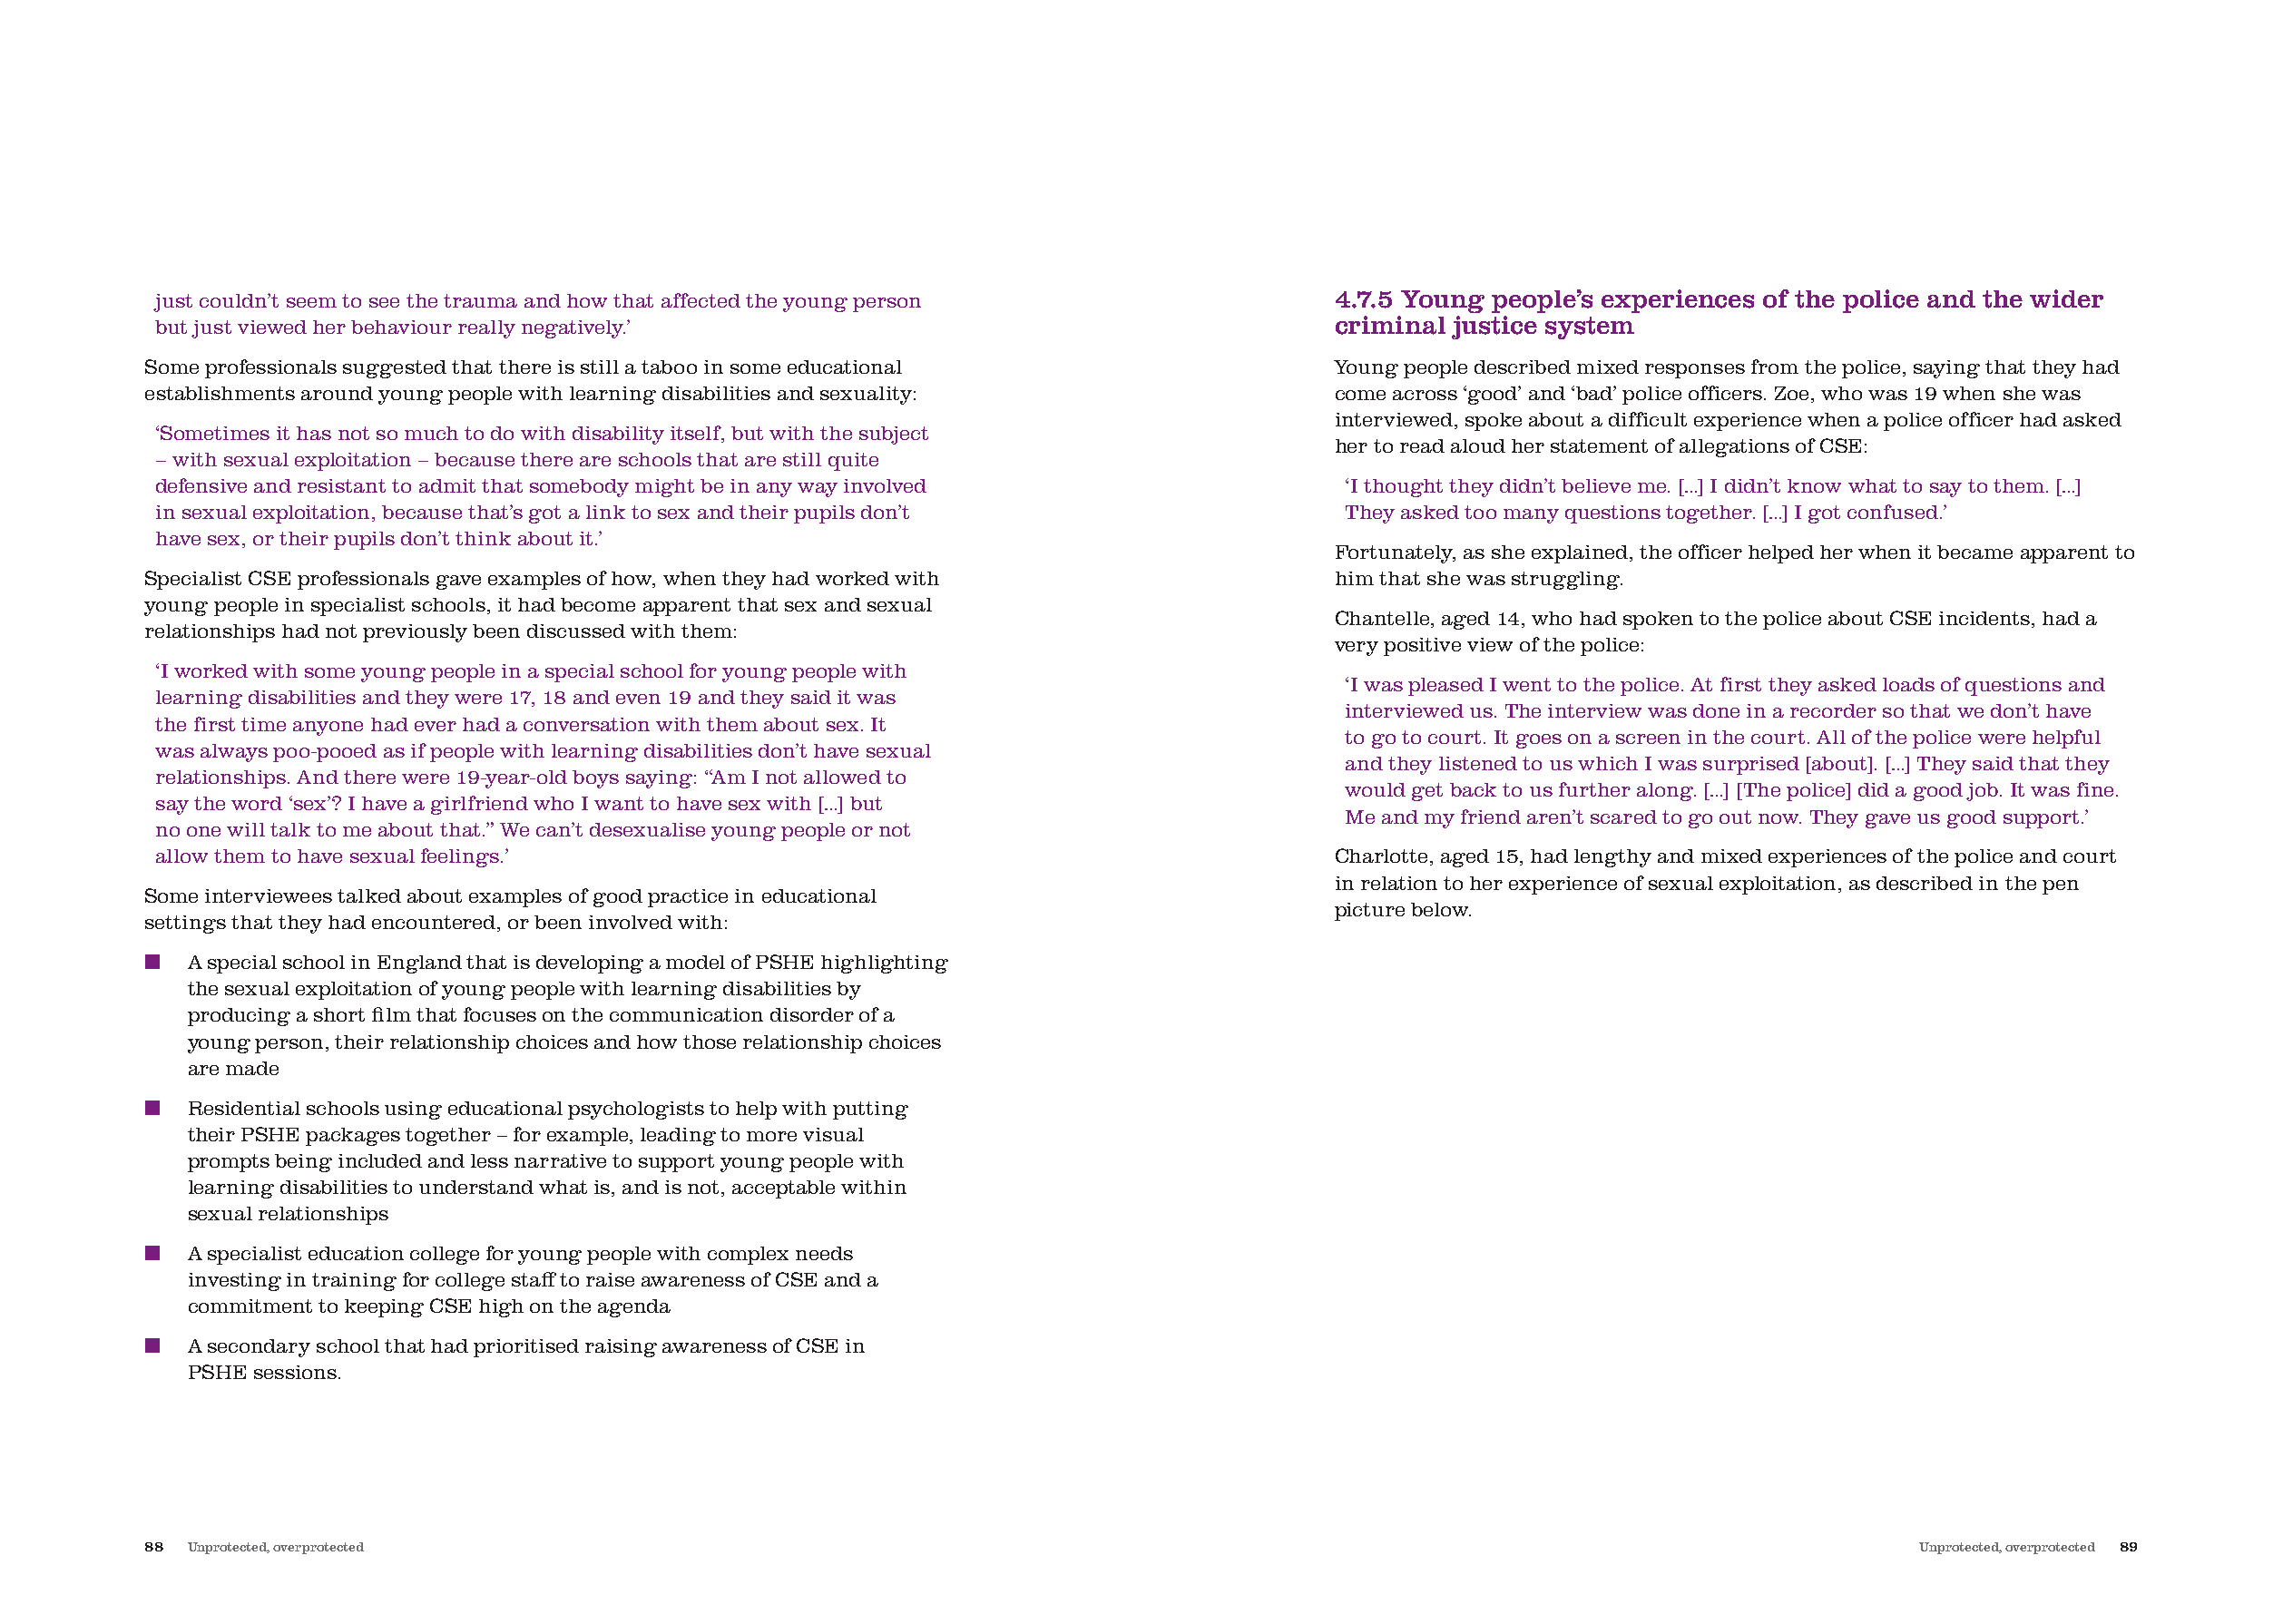
just couldn’t seem to see the trauma and how that affected the young person           4.7.5 Young people’s experiences of the police and the wider
 but just viewed her behaviour really negatively.’                                     criminal justice system
 Some professionals suggested that there is still a taboo in some educational          Young people described mixed responses from the police, saying that they had
 establishments around young people with learning disabilities and sexuality:          come across ‘good’ and ‘bad’ police officers. Zoe, who was 19 when she was
 interviewed, spoke about a difficult experience when a police officer had asked
 ‘Sometimes it has not so much to do with disability itself, but with the subject
 her to read aloud her statement of allegations of CSE:
 – with sexual exploitation – because there are schools that are still quite
 defensive and resistant to admit that somebody might be in any way involved            ‘I thought they didn’t believe me. […] I didn’t know what to say to them. […]
 in sexual exploitation, because that’s got a link to sex and their pupils don’t        They asked too many questions together. […] I got confused.’
 have sex, or their pupils don’t think about it.’
 Fortunately, as she explained, the officer helped her when it became apparent to
 Specialist CSE professionals gave examples of how, when they had worked with          him that she was struggling.
 young people in specialist schools, it had become apparent that sex and sexual
 Chantelle, aged 14, who had spoken to the police about CSE incidents, had a
 relationships had not previously been discussed with them:
 very positive view of the police:
 ‘I worked with some young people in a special school for young people with
 ‘I was pleased I went to the police. At first they asked loads of questions and
 learning disabilities and they were 17, 18 and even 19 and they said it was
 interviewed us. The interview was done in a recorder so that we don’t have
 the first time anyone had ever had a conversation with them about sex. It
 to go to court. It goes on a screen in the court. All of the police were helpful
 was always poo-pooed as if people with learning disabilities don’t have sexual
 and they listened to us which I was surprised [about]. […] They said that they
 relationships. And there were 19-year-old boys saying: “Am I not allowed to
 would get back to us further along. […] [The police] did a good job. It was fine.
 say the word ‘sex’? I have a girlfriend who I want to have sex with […] but
 Me and my friend aren’t scared to go out now. They gave us good support.’
 no one will talk to me about that.” We can’t desexualise young people or not
 allow them to have sexual feelings.’                                                  Charlotte, aged 15, had lengthy and mixed experiences of the police and court
 in relation to her experience of sexual exploitation, as described in the pen
 Some interviewees talked about examples of good practice in educational
 picture below.
 settings that they had encountered, or been involved with:
 ■  A special school in England that is developing a model of PSHE highlighting
 the sexual exploitation of young people with learning disabilities by
 producing a short film that focuses on the communication disorder of a
 young person, their relationship choices and how those relationship choices
 are made
 ■  Residential schools using educational psychologists to help with putting
 their PSHE packages together – for example, leading to more visual
 prompts being included and less narrative to support young people with
 learning disabilities to understand what is, and is not, acceptable within
 sexual relationships
 ■  A specialist education college for young people with complex needs
 investing in training for college staff to raise awareness of CSE and a
 commitment to keeping CSE high on the agenda
 ■  A secondary school that had prioritised raising awareness of CSE in
 PSHE sessions.
 88 Unprotected, overprotected                                                                                                    Unprotected, overprotected 89